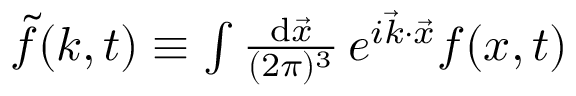
\begin{array} { r } { \widetilde { f } ( \boldsymbol { k } , t ) \equiv \int \frac { \mathrm { d } \vec { x } } { ( 2 \pi ) ^ { 3 } } \, e ^ { i \vec { k } \cdot \vec { x } } f ( \boldsymbol { x } , t ) } \end{array}